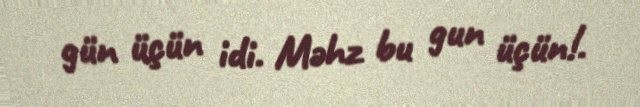
gün üçün idi. Məhz bu gun üçün!.